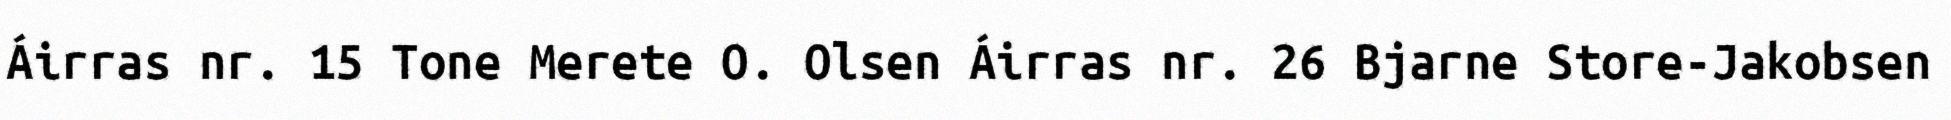
Áirras nr. 15 Tone Merete O. Olsen Áirras nr. 26 Bjarne Store-Jakobsen